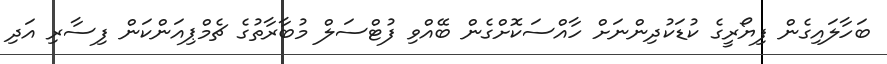
ބަހާލައިގެން ފިޔޯރީގެ ކުޑަކުދިންނަށް ހާއްސަކޮށްގެން ބޭއްވި ފުޓްސަލް މުބާރާތުގެ ޗެމްޕިއަންކަން ފިސާރި އަދި